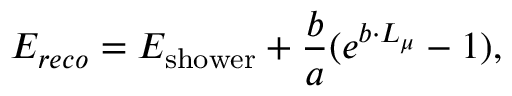
E _ { r e c o } = E _ { \mathrm { s h o w e r } } + \frac { b } { a } ( e ^ { b \cdot L _ { \mu } } - 1 ) ,